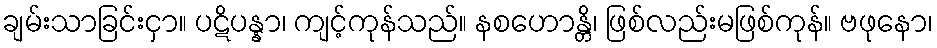
ချမ်းသာခြင်းငှာ။ ပဋိပန္နာ၊ ကျင့်ကုန်သည်။ နစဟောန္တိ၊ ဖြစ်လည်းမဖြစ်ကုန်။ ဗဖုနော၊